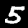
Digit: 5